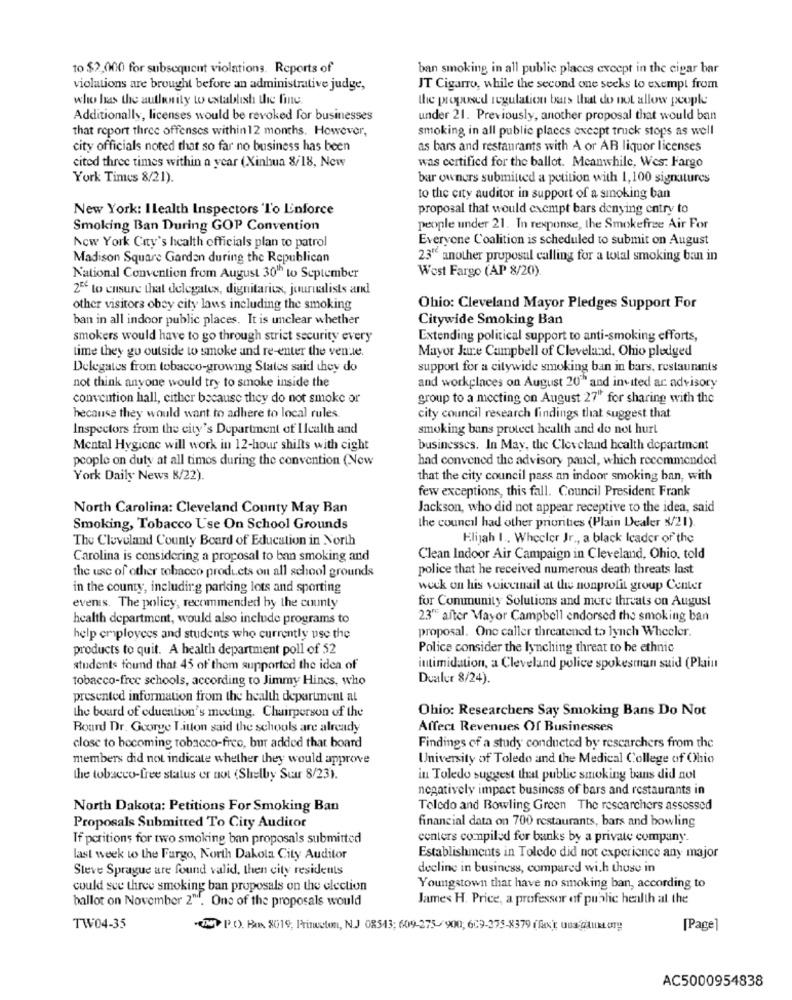
to $2,000 for subsequent violations. Reports of
ban smoking in all public places except in the cigar bar
violations are brought before an administrative judge,
JT Cigarro, while the second one seeks to exempt from
who has the authority to establish the fine
the proposed regulation bars that do not allow people
Additionally, licenses would be revoked for businesses
under 21. Previously, another proposal that would ban
that report three offenses within12 months. However,
smoking in all public places except truck stops as well
city officials noted that so far no business has been
as bars and restaurants with A or AR liquor licenses
cited three times within a year (Xinhua 8/18, New
was certified for the ballot. Meanwhile, Wes: Fargo
York Times 8/21).
bar owners submitted a petition with 1,100 signatures
to the city auditor in support of a smoking ban
New York: I Lealth Inspectors To Enforce
proposal that would exempt bars denying entry to
Smoking Ban During GOP Convention
people under 21. In response, the Smokefree Air For
Everyone Coalition is scheduled to submit on August
New York City's health officials plan to patrol
Madison Square Garden during the Republican
23" another proposal calling for a total smoking ban in
West Fargo (AP 8/20)
National Convention from August 30" to September
2º to ensure that delegatex, dignitariex, journalists and
other visitors obey city laws including the smoking
Ohio: Cleveland Mayor Pledges Support For
ban in all indoor public places. It is unclear whether
Citywide Smoking Ban
smokers would have to go through strict security every
Extending political support to anti-smoking efforts,
time they go outside to smoke and re-enter the venue.
Mayor Jare Campbell of Cleveland, Ohio pledged
Delegates from tobacco-growing States said they do
support for a citywide smoking ban in bars, restaurants
not think anyone would try to smoke inside the
and workplaces on August 20" and invited ar advisory
convention hall, either because they do not smoke or
group to a meeting on August 27" for sharing with the
hecause they would want to adhere to local rules.
city council research findings that suggest that
Inspectors from the city's Department of Health and
smoking bans protect health and do not hurt
Mental Hygiene will work in 12-hour shifts with cight
businesses. In May, the Cleveland health department
people on duty at all times during the convention (New
had convened the advisory panel, which recommended
York Daily News 8/22).
that the city council pass an indoor smoking ban, with
few exceptions, this fall. Council President Frank
North Carolina: Cleveland County May Ban
Jackson, who did not appear receptive to the idea, said
the council had other priorities (Plain Dealer 3/21).
Smoking, Tobacco Use On School Grounds
The Cleveland County Board of Education in North
Elijah I ., Wheeler Jr ., a black Icader of the
Carolina is considering a proposal to ban smoking and
Clean Indoor Air Campaign in Cleveland, Ohio. told
the use of other tobacco products on all school grounds
police that he received numerous death threats last
in the county, including parking lots and sporting
week on his voicemail at the nonprofit group Center
for Community Solutions and mere threats on August
evenis. The policy, recommended by the county
health department, would also include programs to
23" after Mayor Campbell endorsed the smoking ban
proposal. One caller threatened to lynch Wheeler.
help employees and students who currently use the
products to quit. A health department poll of 52
Police consider the lynching threat to be ethnic
students found that 45 of them supported the idea of
intimidation, a Cleveland police spokesman suid (Plain
tobacco-free schools, according to Jimmy Hincs, who
Dualur 8/24).
presented information from the health department al
Ohio: Researchers Say Smoking Bans Do Not
the board of education's meeting. Chairperson of the
Board Dr. George Litton said the schools are already
Affect Revenues Of Businesses
close to becoming tobacco-free, bur added that board
Findings of a study conducted by researchers from the
members did not indicate whether they would approve
University of Toledo and the Medical College of Ohio
the tobacco-free status or not (Shelby Suur 8/23).
in Toledo suggest that public smoking bans did not
negatively impact business of bars and restaurants in
North Dakota: Petitions For Smoking Ban
Toledo and Bowling Green The researchers assessed
financial data on 700 restaurants, bars and bowling
Proposals Submitted To City Auditor
If poritions for two smoking ban proposals submitted
centers compiled for banks by a private company.
last week to the Fargo, North Dakota City Auditor
Establishments in Toledo did not experience any major
Steve Sprague are found valid, then city residents
decline in business, compared with those in
could see three smoking ban proposals on the election
Youngstown that have no smoking ban, according to
ballot on November 2". One of the proposals would
James H. Price, a professor of public health at the
TW04-35
MY P.O. Box 2019, Princeton, N.J 08543; 609-275-900, 609-375-8379 (fxr uns @lux ory
[Page]
AC5000954838